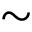
\sim